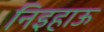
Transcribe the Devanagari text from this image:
निइहाऊ